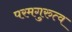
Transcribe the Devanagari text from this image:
परमगुरुत्व